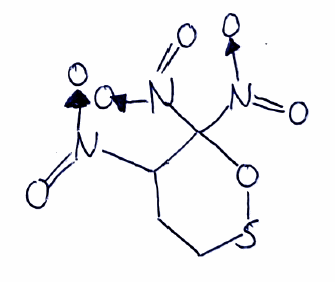
Simplified molecular-input line-entry system (SMILES) notation of the given molecule:
C1CSOC(C1[N+](=O)[O-])([N+](=O)[O-])[N+](=O)[O-]